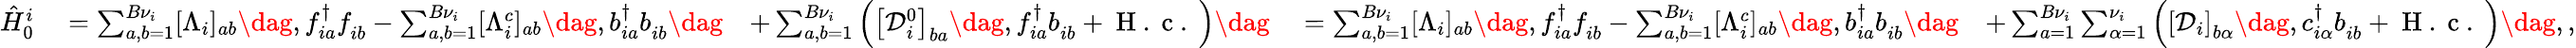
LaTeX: \begin{array}{rlrlr}{\hat{H}_{0}^{i}}&{{}=\sum_{a,b=1}^{{B}\nu_{i}}[\Lambda_{i}]_{ab}\dag,f_{ia}^{\dagger}f_{ib}^{\phantom{\dagger}}-\sum_{a,b=1}^{B\nu_{i}}[\Lambda_{i}^{c}]_{ab}\dag,b_{ia}^{\dagger}b_{ib}^{\phantom{\dagger}}\dag}&{+\sum_{a,b=1}^{B\nu_{i}}\left(\left[\mathcal{D}_{i}^{0}\right]_{ba}\dag,f_{ia}^{\dagger}b_{ib}^{\phantom{\dagger}}+\mathrm{~H~.~c~.~}\right)\dag}&{{}=\sum_{a,b=1}^{{B}\nu_{i}}[\Lambda_{i}]_{ab}\dag,f_{ia}^{\dagger}f_{ib}^{\phantom{\dagger}}-\sum_{a,b=1}^{B\nu_{i}}[\Lambda_{i}^{c}]_{ab}\dag,b_{ia}^{\dagger}b_{ib}^{\phantom{\dagger}}\dag}&{+\sum_{a=1}^{B{\nu}_{i}}\sum_{\alpha=1}^{\nu_{i}}\left(\left[\mathcal{D}_{i}\right]_{b\alpha}\dag,c_{i\alpha}^{\dagger}b_{ib}^{\phantom{\dagger}}+\mathrm{~H~.~c~.~}\right)\dag,,}\end{array}